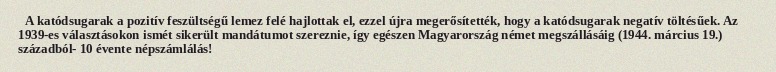
A katódsugarak a pozitív feszültségű lemez felé hajlottak el, ezzel újra megerősítették, hogy a katódsugarak negatív töltésűek. Az 1939-es választásokon ismét sikerült mandátumot szereznie, így egészen Magyarország német megszállásáig (1944. március 19.) századból- 10 évente népszámlálás!